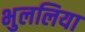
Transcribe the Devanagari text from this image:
भुललिया